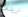
نريدهم